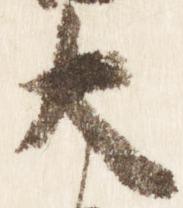
大